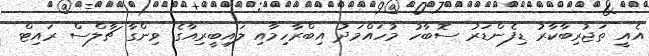
އެއީ ތަޖުރިބާކާރު ޑިފެންޑަރު ސޮބާހު މުހައްމަދު އިބްރާހިމާއި ލައިބީރިއާގެ ވިންގާ ޗާލްސް ރައިޓް